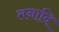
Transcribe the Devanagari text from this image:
तनादि